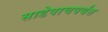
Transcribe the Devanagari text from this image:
साडेपाचपर्यंत